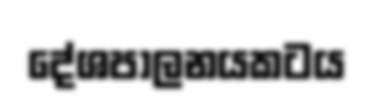
දේශපාලනයකටය